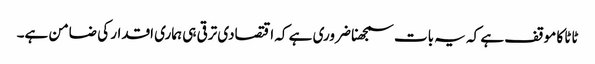
ٹاٹا کا موقف ہے کہ یہ بات سمجھنا ضروری ہے کہ اقتصادی ترقی ہی ہماری اقدار کی ضامن ہے۔